Problem: 4 × 7 = ?
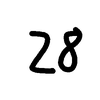
Handwritten answer: 28